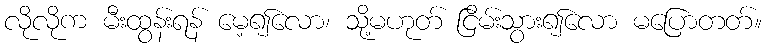
လိုလိုက မီးထွန်းရန် မေ့၍လော၊ သို့မဟုတ် ငြိမ်းသွား၍လော မပြောတတ်။